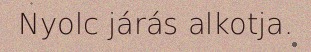
Nyolc járás alkotja.